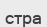
стра